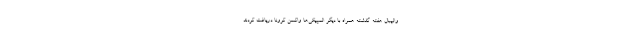
والیبال هفته گذشته همراه با دیگر المپیکی‌ها واکسن کرونا دریافت کردند.